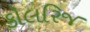
કોલરિજ